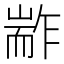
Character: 𰭭